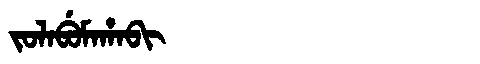
Manchu: ᠵᠣᠯᠠᠪᡠᠮᠠᡥᠠᠪᡳ
Romanization: JOLABUMAHABI